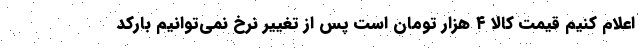
اعلام كنيم قيمت كالا ٤ هزار تومان است پس از تغيير نرخ نمي‌توانيم باركد